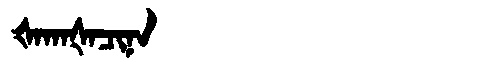
Manchu: ᡧᠠᡴᠠᡧᠠᠴᡳᠨᠠ
Romanization: ŠAKAŠACINA